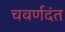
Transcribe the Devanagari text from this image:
चवर्णदंत